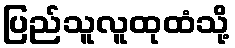
ပြည်သူလူထုထံသို့